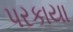
પરકાયા